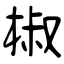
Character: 椒